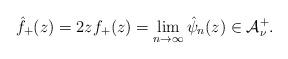
LaTeX: \begin{align*}\hat f_+(z)= 2zf_+(z)=\lim_{n\to \infty} \hat\psi_n (z)\in {\mathcal A}^+_{\nu}.\end{align*}